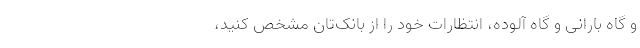
و گاه بارانی و گاه آلوده، انتظارات خود را از بانک‌تان مشخص کنید،